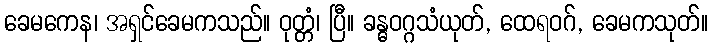
ခေမကေန၊ အရှင်ခေမကသည်။ ဝုတ္တံ၊ ပြီ။ ခန္ဓဝဂ္ဂသံယုတ်, ထေရဝဂ်, ခေမကသုတ်။